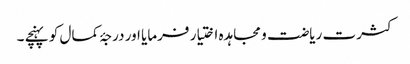
کثرت ریاضت و مجاہدہ اختیار فرمایا اور درجۂ کمال کو پہنچے ۔